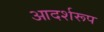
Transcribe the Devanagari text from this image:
आदर्शरूप